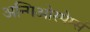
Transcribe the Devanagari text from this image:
अन्गिओस्पेर्म्स